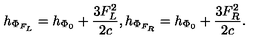
h _ { \Phi _ { F _ { L } } } = h _ { \Phi _ { 0 } } + { \frac { 3 F _ { L } ^ { 2 } } { 2 c } } , h _ { \Phi _ { F _ { R } } } = h _ { \Phi _ { 0 } } + { \frac { 3 F _ { R } ^ { 2 } } { 2 c } } .